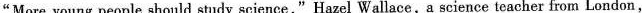
"More young people should study science,"Hazel Wallace,a science teacher from London，